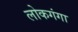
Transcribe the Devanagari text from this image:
लोकगंगा